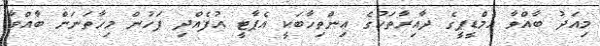
މިއަދު ބާއްވާ އެމްޑީޕީގެ ދާއިރާތަކުގެ އިންތިހާބަކީ އެޕާޓީ އުފެއްދި ފަހުން މިހާތަނަށް ބާއްވާ